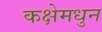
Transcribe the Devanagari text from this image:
कक्षेमधुन